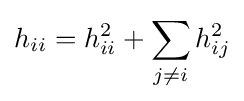
h_{ii}=h_{ii}^{2}+\sum _{j\neq i}h_{ij}^{2}